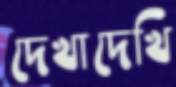
দেখাদেখি